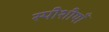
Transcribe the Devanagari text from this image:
स्पीशीयाँ